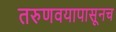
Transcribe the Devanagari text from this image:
तरुणवयापासूनच